Scottish Leaving Certificate Examination, 1960
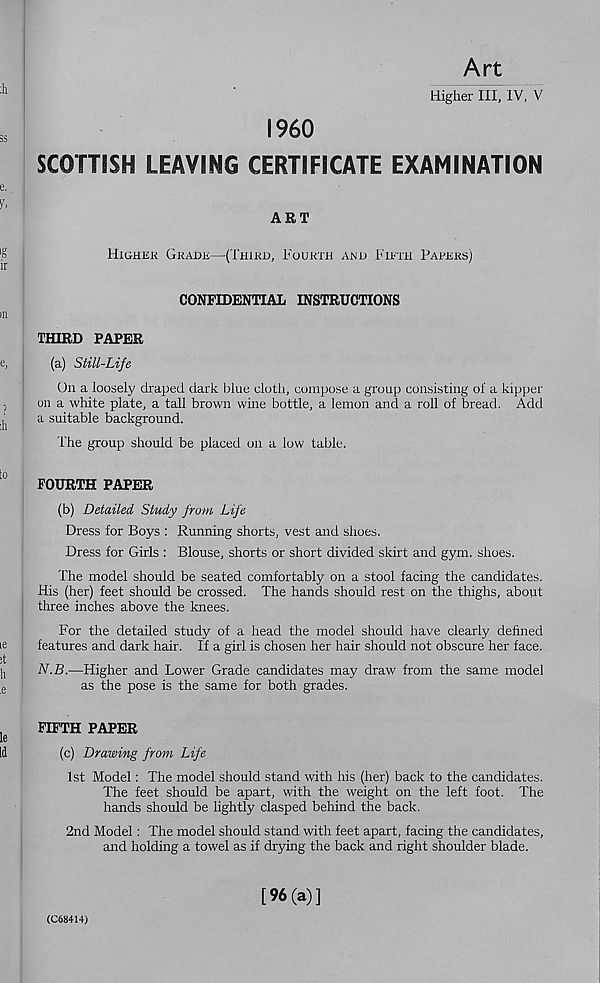
Art
Higher III, IV, V
I960
SCOTTISH LEAVING CERTIFICATE EXAMINATION
ART
Higher Grade—(Third, Fourth and Fifth Papers)
CONFIDENTIAL INSTRUCTIONS
THIRD PAPER
(a) Still-Life
On a loosely draped dark blue cloth, compose a group consisting of a kipper
on a white plate, a tall brown wine bottle, a lemon and a roll of bread. Add
a suitable background.
The group should be placed on a low table.
FOURTH PAPER
(b) Detailed Study from Life
Dress for Boys : Running shorts, vest and shoes.
Dress for Girls : Blouse, shorts or short divided skirt and gym. shoes.
The model should be seated comfortably on a stool facing the candidates.
His (her) feet should be crossed. The hands should rest on the thighs, about
three inches above the knees.
For the detailed study of a head the model should have clearly defined
features and dark hair. If a girl is chosen her hair should not obscure her face.
N.B.—Higher and Lower Grade candidates may draw from the same model
as the pose is the same for both grades.
FIFTH PAPER
(c) Drawing from Life
1st Model: The model should stand with his (her) back to the candidates.
The feet should be apart, with the weight on the left foot. The
hands should be lightly clasped behind the back.
2nd Model: The model should stand with feet apart, facing the candidates,
and holding a towel as if drying the back and right shoulder blade.
(C68414)
[96(a)]